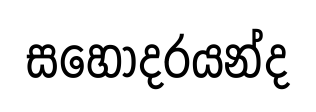
සහෝදරයන්ද